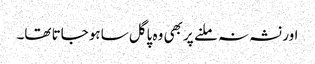
اور نشہ نہ ملنے پر بھی وہ پاگل ساہو جاتا تھا۔